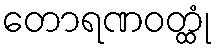
တောရဏဝတ္ထုံ